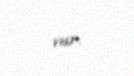
var.